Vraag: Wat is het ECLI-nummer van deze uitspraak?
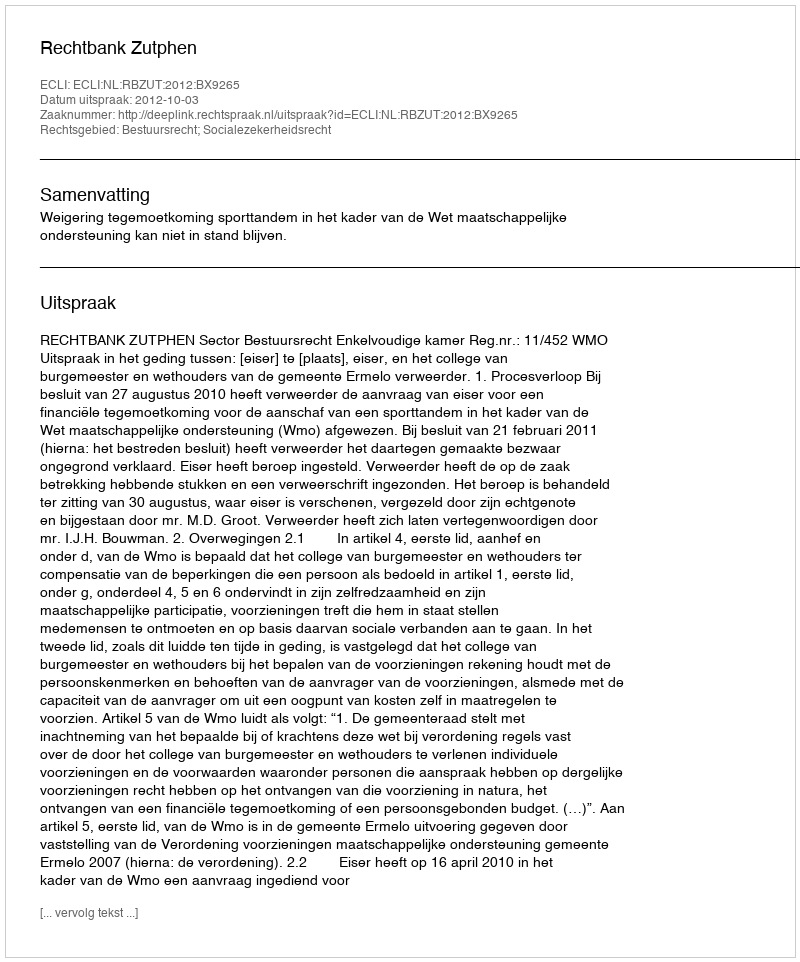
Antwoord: ECLI:NL:RBZUT:2012:BX9265